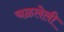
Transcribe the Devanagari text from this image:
चळलेली